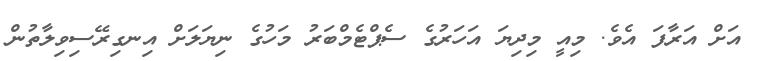
އަށް އަރާފަ އެވެ. މިއީ މިދިޔަ އަހަރުގެ ސެޕްޓެމްބަރު މަހުގެ ނިޔަލަށް އިނގިރޭސިވިލާތުން